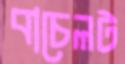
বাচেলট